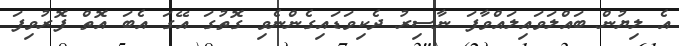
އެ ލިޔުން ބައްލަވައިލައްވާފަ ނާސިރު ދެކިވަޑައިގެންނެވި ގޮތުގަ އޭގަ އެބަ އޮތް ފޮރުވިފަ